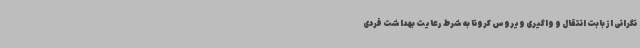
نگرانی از بابت انتقال و واگیری ویروس کرونا به شرط رعایت بهداشت فردی